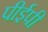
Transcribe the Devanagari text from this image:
पीईपी